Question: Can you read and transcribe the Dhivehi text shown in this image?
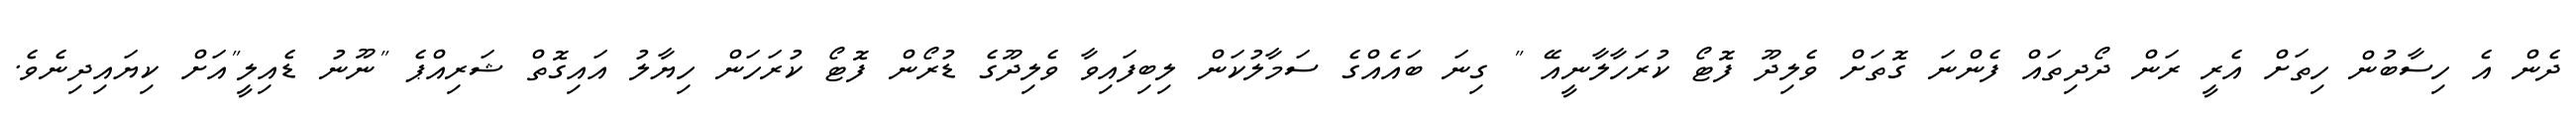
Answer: ދެން އެ ހިސާބުން ހިތަށް އެރީ ރަން ދޯދިތައް ފެންނަ ގޮތަށް ވެލިދޫ ފޮޓޯ ކުރަހާލާނީއޭ " ގިނަ ބައެއްގެ ސަމާލުކަން ލިބިފައިވާ ވެލިދޫގެ ޑުރޯން ފޮޓޯ ކުރަހަން ހިޔާލު އައިގޮތް ޝަރިއްޕެ "ނޫނު ޑެއިލީ"އަށް ކިޔައިދިނެވެ.